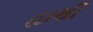
હાથી